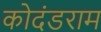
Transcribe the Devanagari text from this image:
कोदंडराम